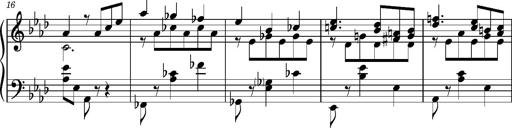
Title: Album-leaf 'Weimar II', S.166c
Composer: Franz Liszt
Key: A-flat major